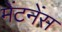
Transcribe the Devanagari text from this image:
मेंटनेंस